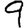
Digit: 9